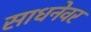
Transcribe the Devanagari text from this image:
साधनेवर